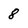
Character: 8